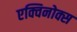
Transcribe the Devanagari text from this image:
एक्विनोक्स